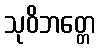
သုဝိဘတ္တေ